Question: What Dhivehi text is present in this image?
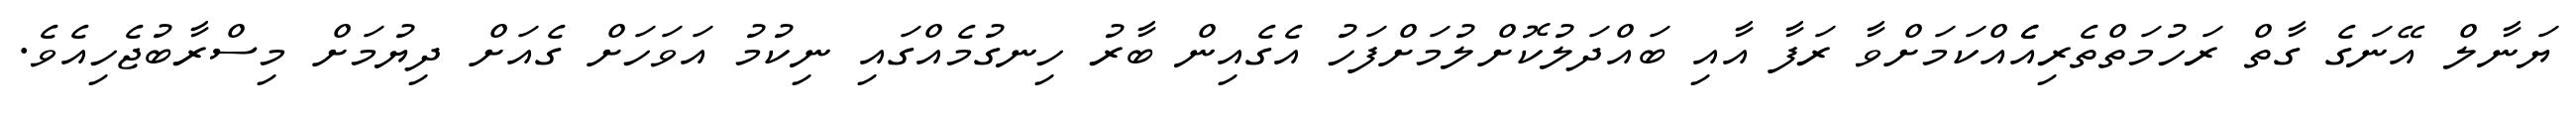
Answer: ޔަނާލް އޭނަގެ ގާތް ރަހުމަތްތެރިއެެއްކަމަށްވާ ރަފާ އާއި ބައްދަލުކޮށްލުމަށްފަހު އެގެއިން ބާރު ހިނގުމެއްގައި ނިކުމު އަވަހަށް ގެއަށް ދިޔުމަށް މިސްރާބުޖެހިއެވެ.